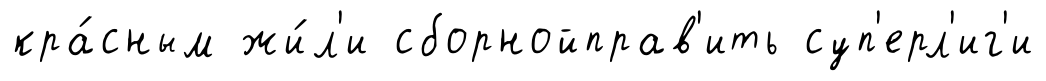
кра́сным жи́л'и сборнойправ'ить суп'ерл'иг'и